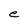
Character: e